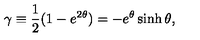
\gamma \equiv { \frac { 1 } { 2 } } ( 1 - e ^ { 2 \theta } ) = - e ^ { \theta } \sinh \theta ,